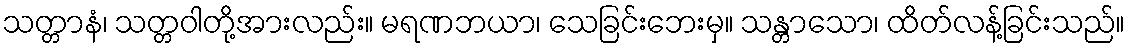
သတ္တာနံ၊ သတ္တဝါတို့အားလည်း။ မရဏဘယာ၊ သေခြင်းဘေးမှ။ သန္တာသော၊ ထိတ်လန့်ခြင်းသည်။